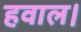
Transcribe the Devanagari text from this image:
हवाल।